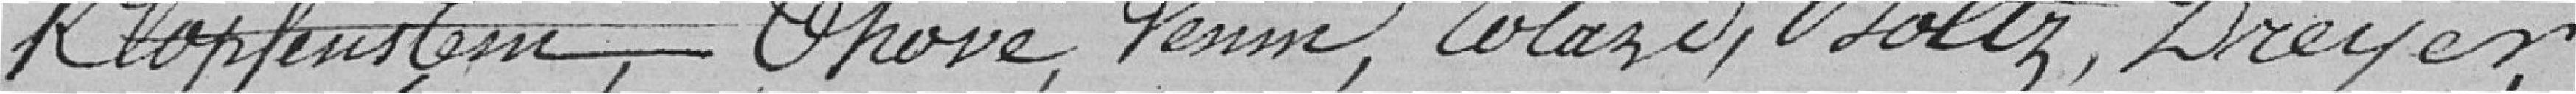
Klopenstein, Thoré, ...     Dreyer,